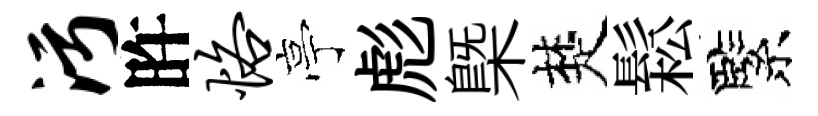
污旿恪亭彪槩楚鬆緊